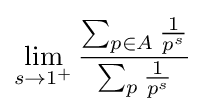
\lim _{s\rightarrow 1^{+}}{\frac {\sum _{p\in A}{1 \over p^{s}}}{\sum _{p}{\frac {1}{p^{s}}}}}